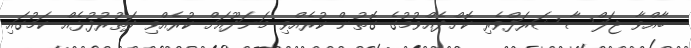
ބާއްވާ ޖަލްސާ ޝަރަފްވެރި ކޮށްދެއްވުމުގެ ގޮތުން ކުރެއްވި މަނަދޫއަށް ކުރެއްވި ދަތުރުފުޅެއް ކަމުގައި